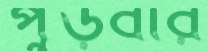
পুড়বার